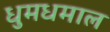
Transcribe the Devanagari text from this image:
धुमधमाल